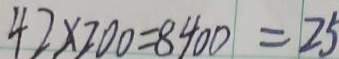
4 2 \times 2 0 0 = 8 4 0 0 = 2 5